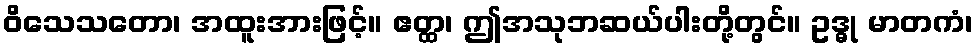
ဝိသေသတော၊ အထူးအားဖြင့်။ ဧတ္ထ၊ ဤအသုဘဆယ်ပါးတို့တွင်။ ဥဒ္ဓု မာတကံ၊